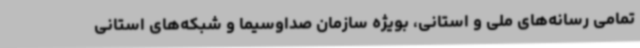
تمامی رسانه‌های ملی و استانی، بویژه سازمان صداوسیما و شبکه‌های استانی